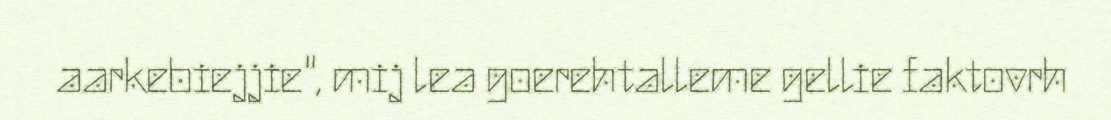
aarkebiejjie", mij lea goerehtalleme gellie faktovrh